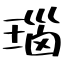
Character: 瑙